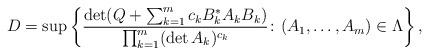
LaTeX: \begin{align*} D = \sup\left\{\frac{\det(Q + \sum_{k=1}^m c_k B_k^\ast A_k B_k)}{\prod_{k=1}^m (\det A_k)^{c_k}} \colon (A_1, \ldots, A_m) \in \Lambda \right\},\end{align*}